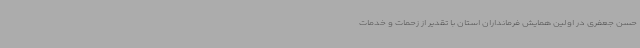
حسن جعفری در اولین همایش فرمانداران استان با تقدیر از زحمات و خدمات